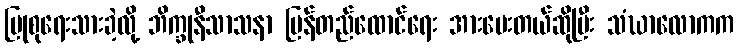
ပြုစုရေးသားခဲ့လို့ ဘိက္ခုနီသာသနာ ပြန်တည်ထောင်ရေး အားပေးတယ်ဆိုပြီး သံဃာလောကက